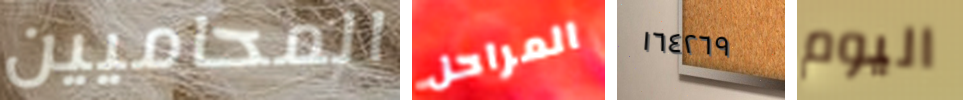
المحاميين المراحل ١٦٤٢٦٩ اليوم